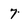
Character: 7